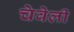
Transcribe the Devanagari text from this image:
चेवेली